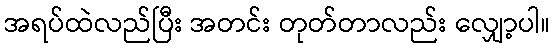
အရပ်ထဲလည်ပြီး အတင်း တုတ်တာလည်း လျှော့ပါ။